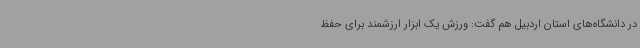
در دانشگاه‌های استان اردبیل هم گفت: ورزش یک ابزار ارزشمند برای حفظ